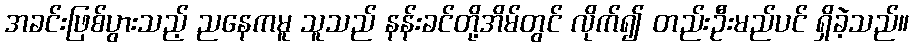
အခင်းဖြစ်ပွားသည့် ညနေကမူ သူသည် နန်းခင်တို့အိမ်တွင် လိုက်၍ တည်းဦးမည်ပင် ရှိခဲ့သည်။